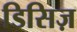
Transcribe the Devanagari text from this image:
डिसिज़